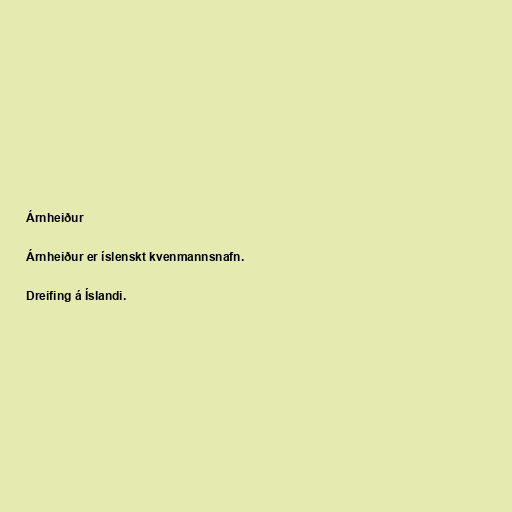
Árnheiður

Árnheiður er íslenskt kvenmannsnafn.

Dreifing á Íslandi.